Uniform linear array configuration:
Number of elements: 8
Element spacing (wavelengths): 0.5
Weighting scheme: cosine
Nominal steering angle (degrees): -15
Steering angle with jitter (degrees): -15.146
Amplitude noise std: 0.05
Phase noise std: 0.05

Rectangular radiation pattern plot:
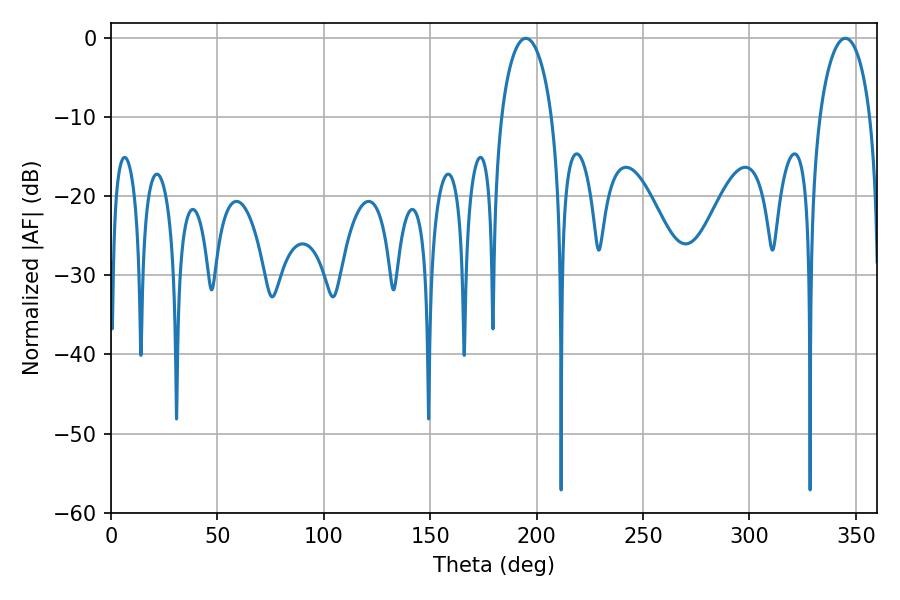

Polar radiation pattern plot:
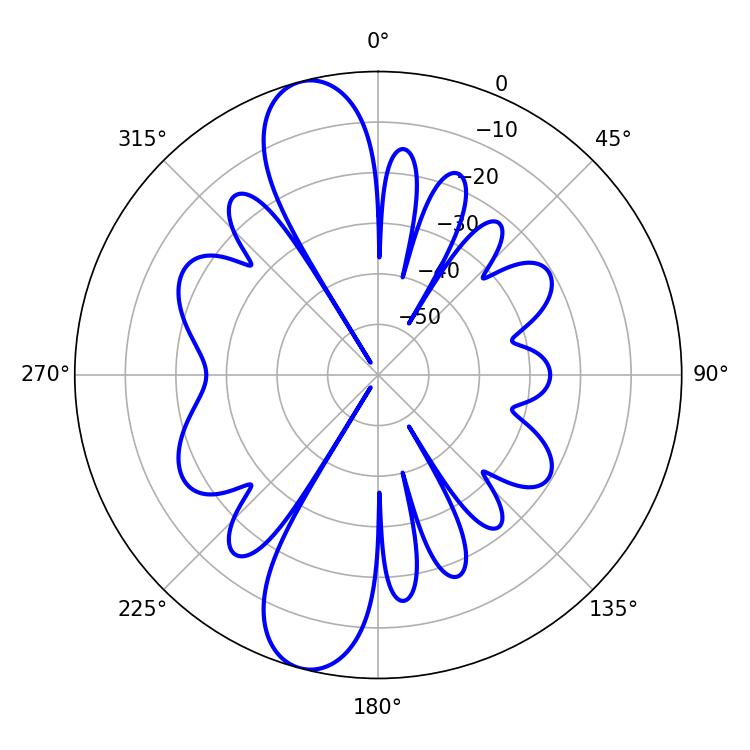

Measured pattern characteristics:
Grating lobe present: FALSE
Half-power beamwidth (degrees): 13.5
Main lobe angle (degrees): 194.94